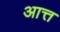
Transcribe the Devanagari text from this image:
आत्त